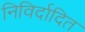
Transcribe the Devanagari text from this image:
निविर्दादित